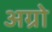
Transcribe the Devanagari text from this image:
अग्रो